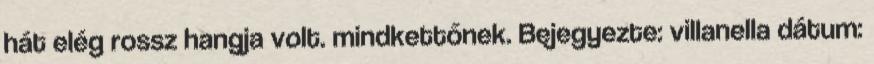
hát elég rossz hangja volt. mindkettőnek. Bejegyezte: villanella dátum: